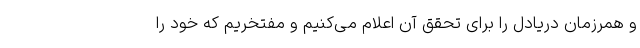
و همرزمان دریادل را برای تحقق آن اعلام می‌کنیم و مفتخریم که خود را